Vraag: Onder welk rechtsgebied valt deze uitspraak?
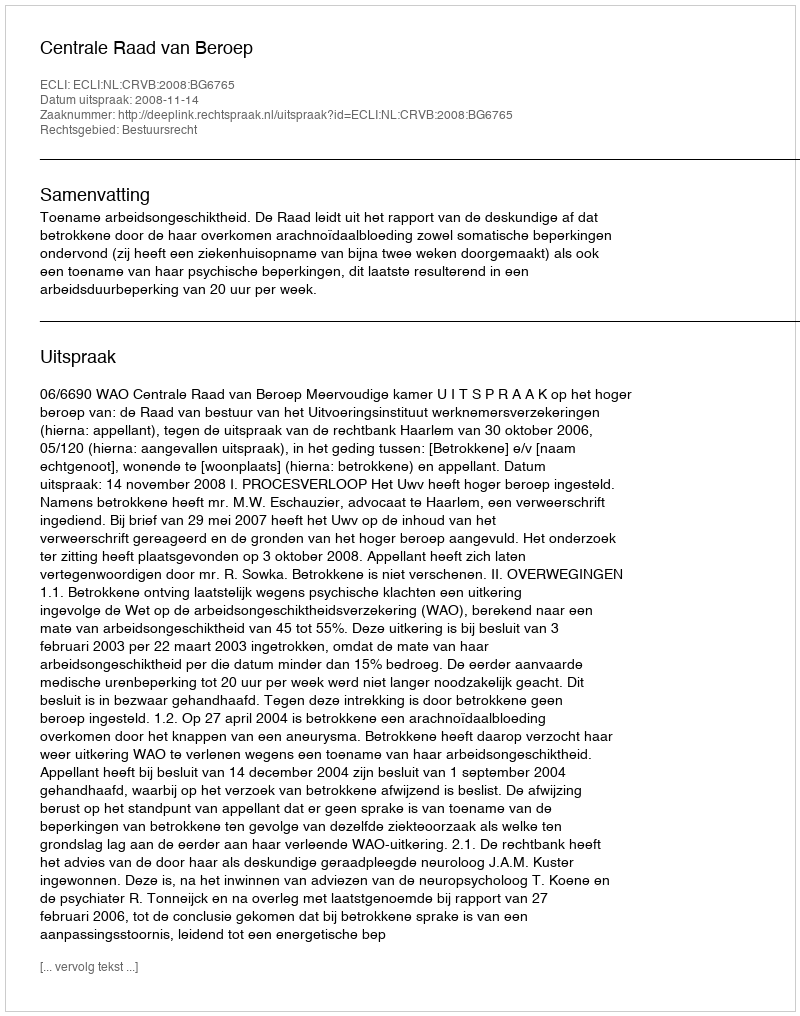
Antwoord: Bestuursrecht